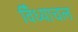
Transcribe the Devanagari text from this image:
विँध्याचल